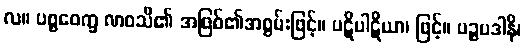
လ။ ပစ္စဝေက္ခ ဏဝသီ၏ အဖြစ်၏အစွမ်းဖြင့်။ ပဋိပါဋိယာ၊ ဖြင့်။ ပဉ္စပဒါနိ၊